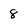
Character: 8